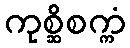
ကုစ္ဆိစက္ကံ